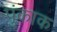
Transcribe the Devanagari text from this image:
पुंकाक